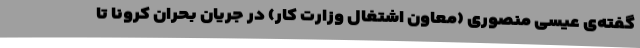
گفته‌ی عیسی منصوری (معاون اشتغال وزارت کار) در جریان بحران کرونا تا